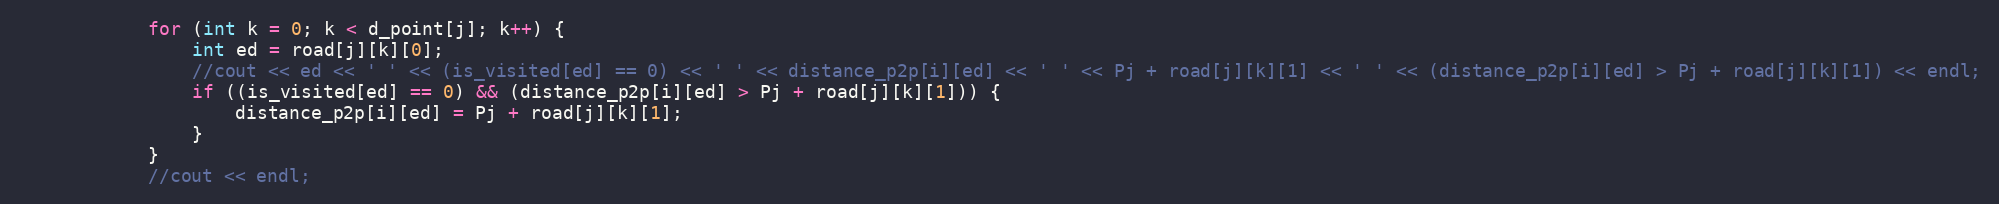
Language: C++
			for (int k = 0; k < d_point[j]; k++) {
				int ed = road[j][k][0];
				//cout << ed << ' ' << (is_visited[ed] == 0) << ' ' << distance_p2p[i][ed] << ' ' << Pj + road[j][k][1] << ' ' << (distance_p2p[i][ed] > Pj + road[j][k][1]) << endl;
				if ((is_visited[ed] == 0) && (distance_p2p[i][ed] > Pj + road[j][k][1])) {
					distance_p2p[i][ed] = Pj + road[j][k][1];
				}
			}
			//cout << endl;